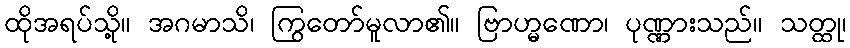
ထိုအရပ်သို့။ အဂမာသိ၊ ကြွတော်မူလာ၏။ ဗြာဟ္မဏော၊ ပုဏ္ဏားသည်။ သတ္ထု၊